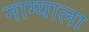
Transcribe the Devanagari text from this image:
नाग्याला